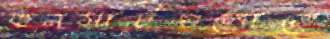
কনসার্টগুলোতে